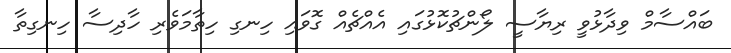
ބައްސާމް ވިދާޅުވީ ރިޔާސީ ލޯންޗުކޮޅުގައި އެއްޗެއް ގޮވައި ހިނގި ހިތާމަވެރި ހާދިސާ ހިނގިތާ